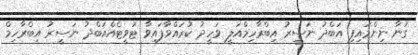
ގުނާ ނިންމައިފި އަބްދު ނަސީރު އިބްރާހިމްއަލީ ވަހީދު ކުރައްވާފައިވާ ޓުވީޓެއްއަބްދު ނަސީރު އިބްރާހިމް